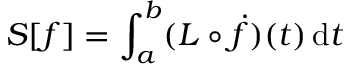
S [ f ] = \int _ { a } ^ { b } ( L \circ { \dot { f } } ) ( t ) \, \mathrm { d } t